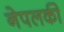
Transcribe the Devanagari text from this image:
नेपलकी